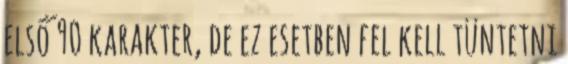
első 90 karakter, de ez esetben fel kell tüntetni